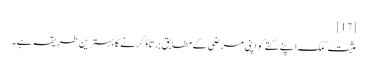
[17]
مثبت کمک اپنے کتے کو اپنی مرضی کے مطابق برتاؤ کرنے کا بہترین طریقہ ہے۔